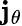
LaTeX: \mathbf{j}_{\theta}